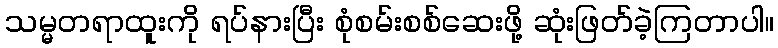
သမ္မတရာထူးကို ရပ်နားပြီး စုံစမ်းစစ်ဆေးဖို့ ဆုံးဖြတ်ခဲ့ကြတာပါ။